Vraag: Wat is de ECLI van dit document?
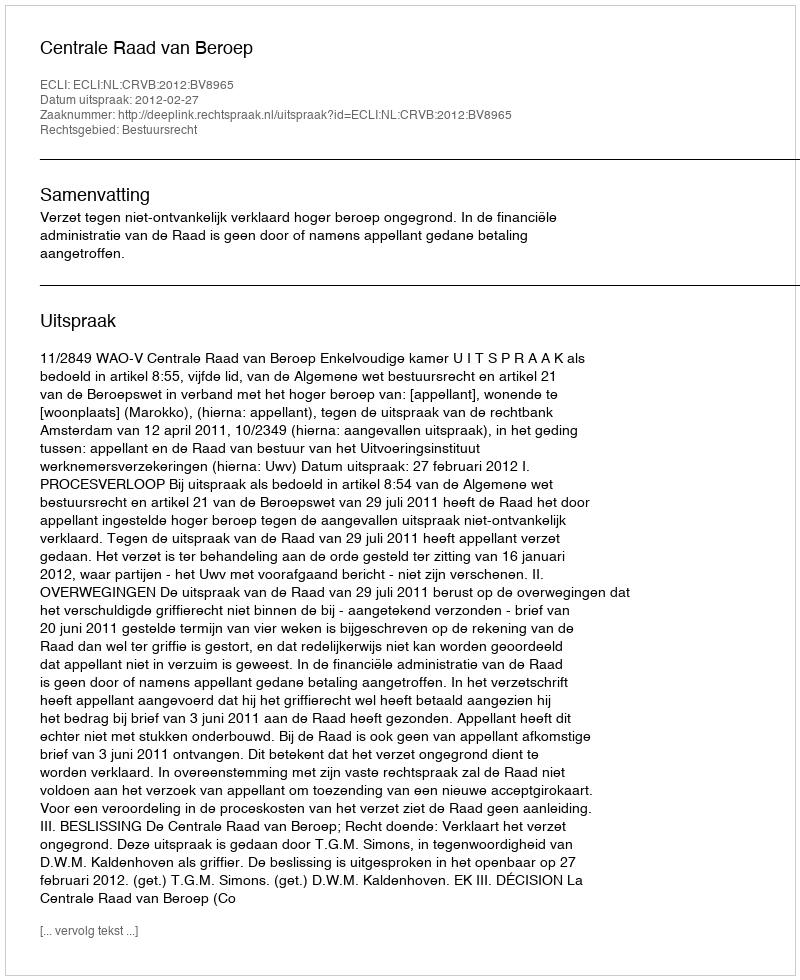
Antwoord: ECLI:NL:CRVB:2012:BV8965